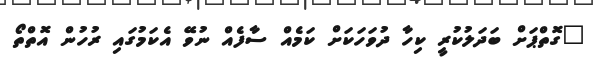
"ގޮތްޕަށް ބަދަލުކުރީ ކިހާ ދުވަހަކަށް ކަމެއް ސާފެއް ނުވޭ އެކަމުގައި ރުހުން އޮތްތޯ